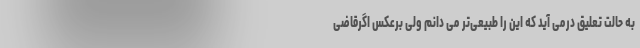
به حالت تعلیق درمی آید که این را طبیعی‌تر می دانم ولی برعکس اگرقاضی